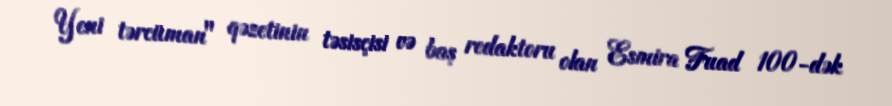
Yeni tərcüman" qəzetinin təsisçisi və baş redaktoru olan Esmira Fuad 100-dək